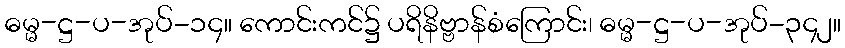
ဓမ္မ-ဋ္ဌ-ပ-အုပ်-၁၄။ ကောင်းကင်၌ ပရိနိဗ္ဗာန်စံကြောင်း၊ ဓမ္မ-ဋ္ဌ-ပ-အုပ်-၃၄၂။